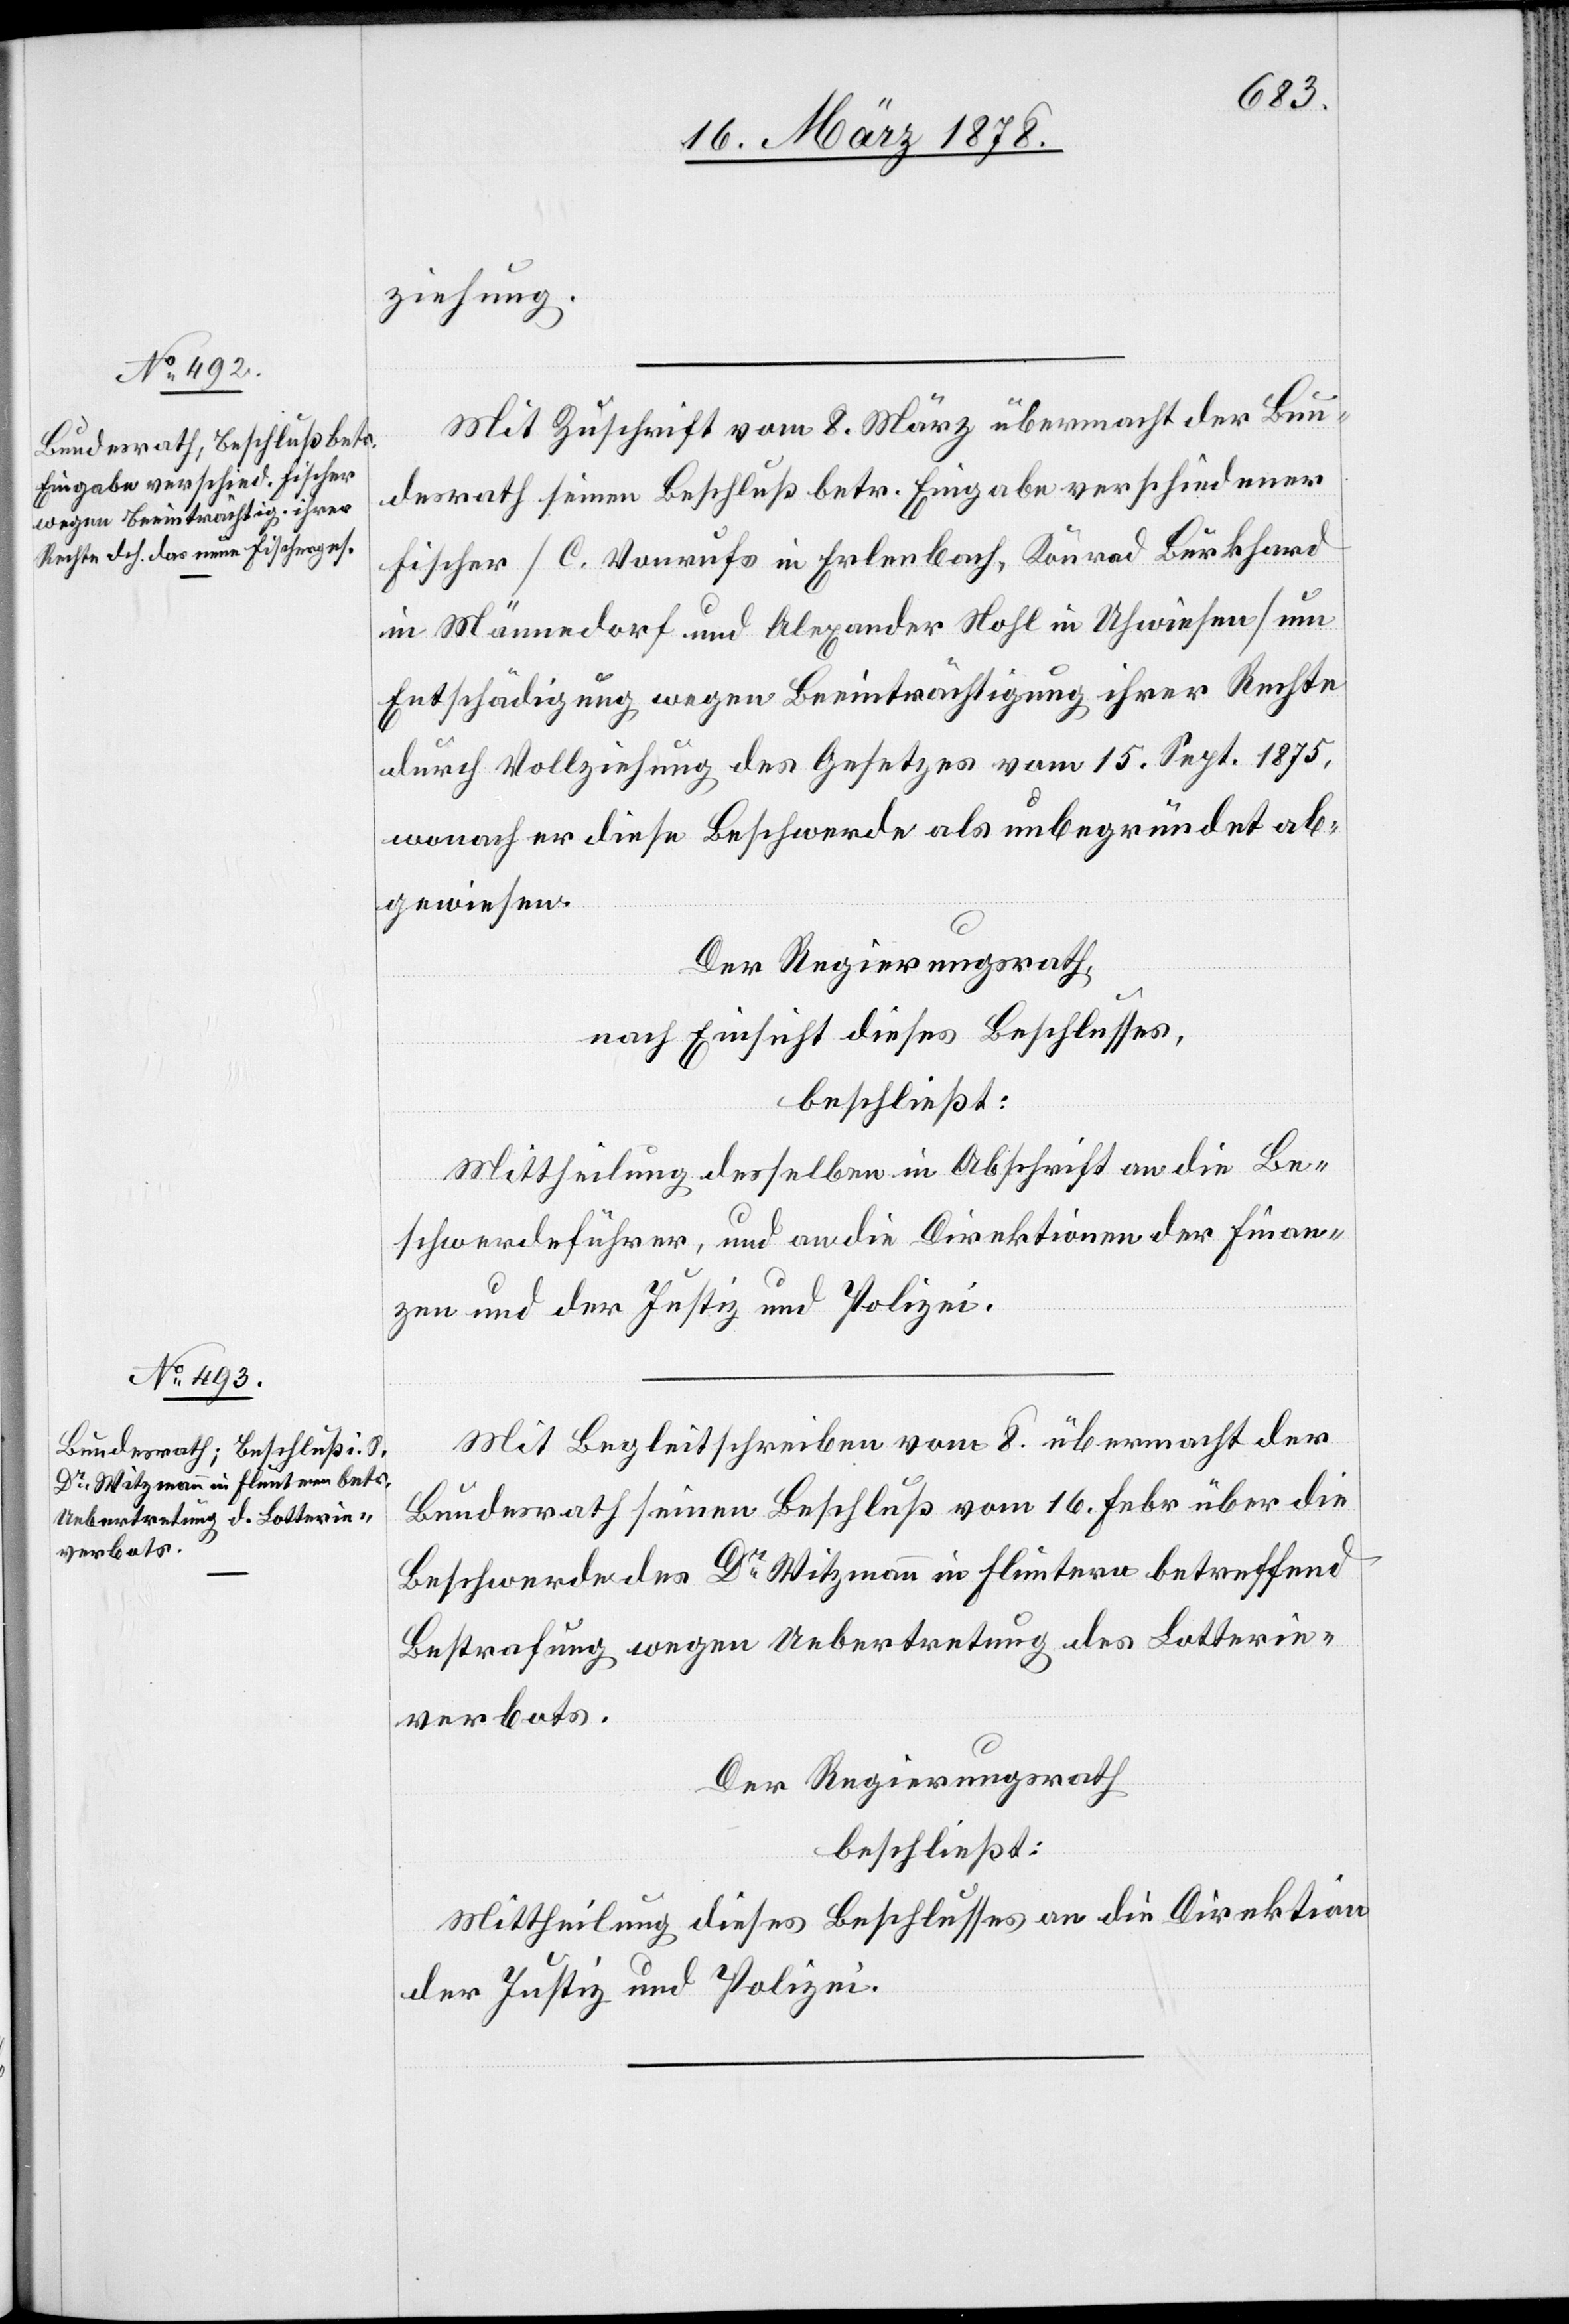
ziehung.
Mit Zuschrift vom 8. März übermacht der Bun¬
desrath seinen Beschluß betr. Eingabe verschiedener
Fischer (C. Vonrufs in Erlenbach, Konrad Burkhard
in Männedorf und Alexander Nohl in Uhwiesen) um
Entschädigung wegen Beeinträchtigung ihrer Rechte
durch Vollziehung des Gesetzes vom 15. Sept. 1875,
wonach er diese Beschwerde als unbegründet ab¬
gewiesen.
Der Regierungsrath,
nach Einsicht dieses Beschlusses,
beschließt:
Mittheilung desselben in Abschrift an die Be¬
schwerdeführer, und an die Direktionen der Finan¬
zen und der Justiz und Polizei.
Mit Begleitschreiben vom 8. übermacht der
Bundesrath seinen Beschluß vom 16. Febr. über die
Beschwerde des Dr Witzmann in Fluntern betreffend
Bestrafung wegen Uebertretung des Lotterie¬
verbots.
Der Regierungsrath
beschließt:
Mittheilung dieses Beschlusses an die Direktion
der Justiz und Polizei.